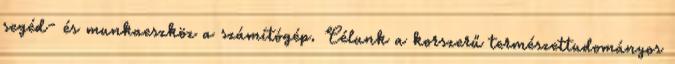
segéd- és munkaeszköz a számítógép. Célunk a korszerű természettudományos